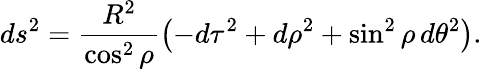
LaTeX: ds^{2}=\frac{R^{2}}{\cos^{2}{\rho}}\left(-d\tau^{2}+d\rho^{2}+\sin^{2}{\rho}\, d\theta^{2}\right).